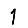
Digit: 1